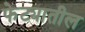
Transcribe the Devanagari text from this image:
फेट्यातील